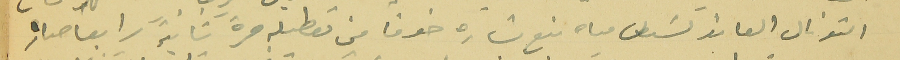
التونال العائد قسَطل مياه نبع بشاره خوفًا من تعطيله مرة ثانية رابعا صار